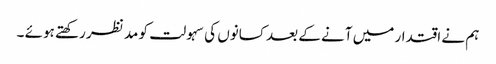
ہم نے اقتدار میں آنے کے بعد کسانوں کی سہولت کو مد نظر رکھتے ہوئے ۔